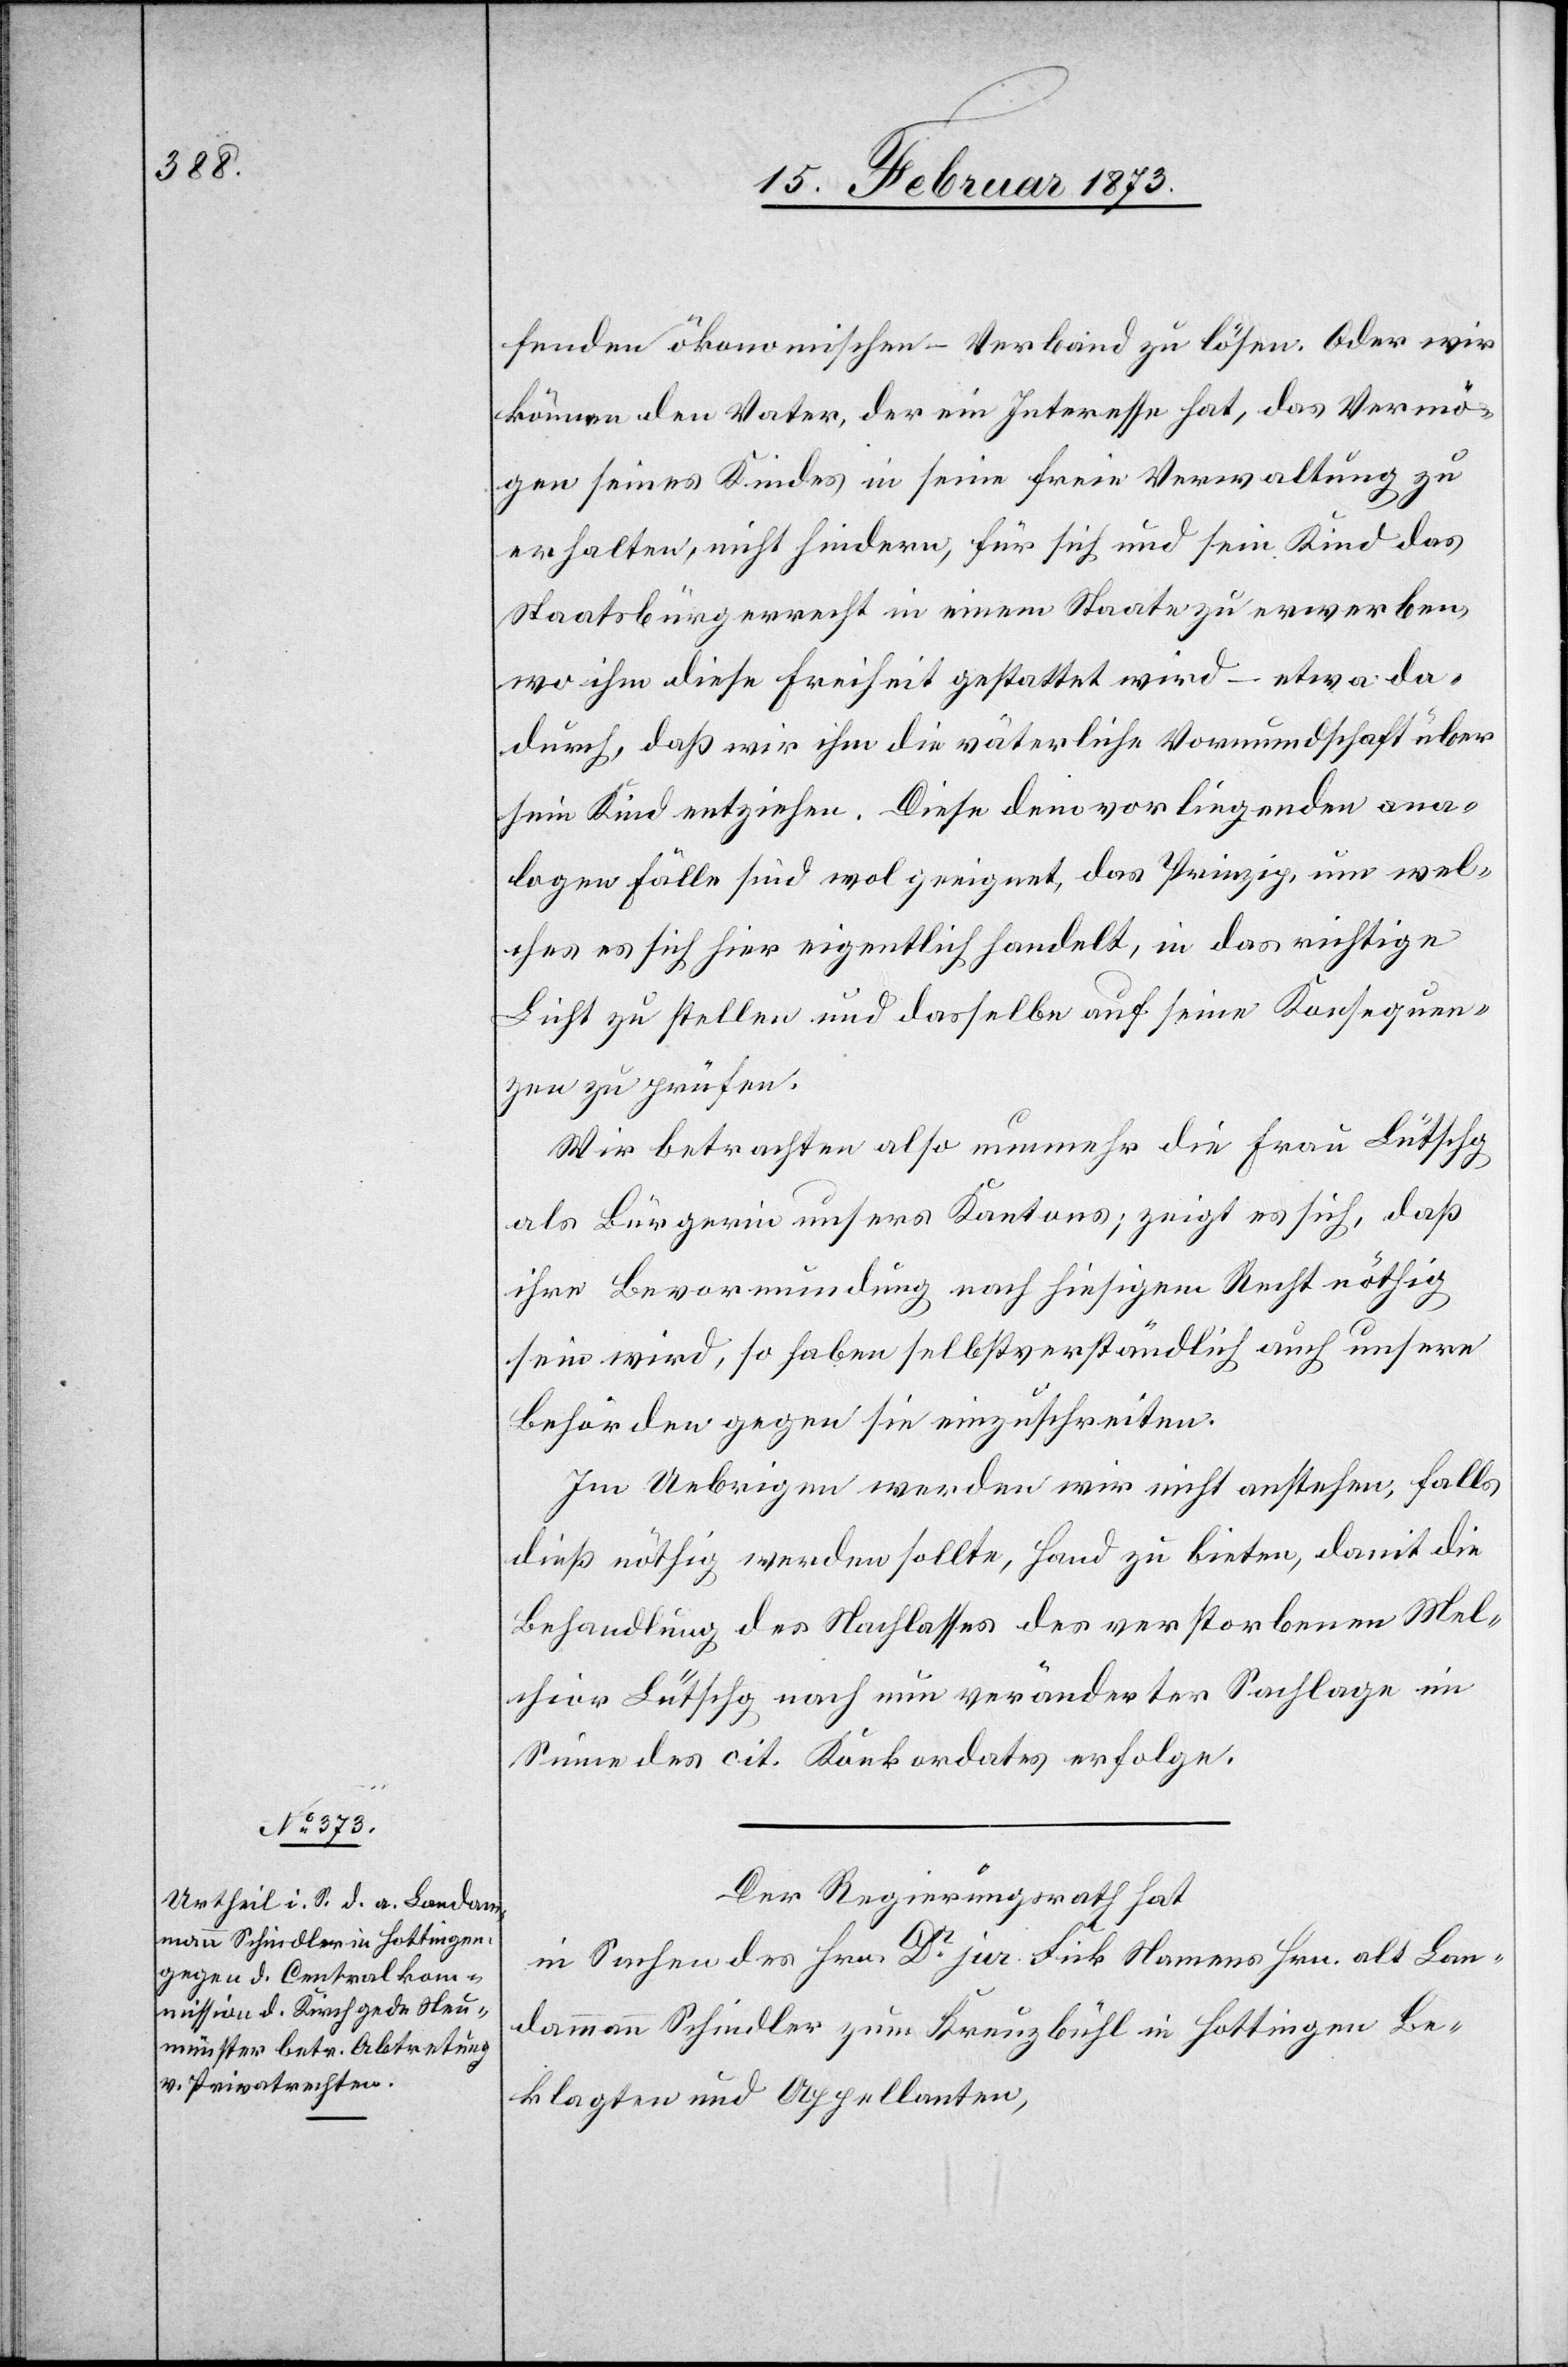
fenden ökonomischen – Verband zu lösen. Oder wir
können den Vater, der ein Interesse hat, das Vermö¬
gen seines Kindes in seine freie Verwaltung zu
erhalten, nicht hindern, für sich und sein Kind das
Staatsbürgerrecht in einem Staate zu erwerben,
wo ihm diese Freiheit gestattet wird – etwa da¬
durch, daß wir ihm die väterliche Vormundschaft über
sein Kind entziehen. Diese dem vorliegenden ana¬
logen Fälle sind wol geeignet, das Prinzip, um wel¬
ches es sich hier eigentlich handelt, in das richtige
Licht zu stellen und dasselbe auf seine Konsequen¬
zen zu prüfen.
Wir betrachten also nunmehr die Frau Lütschg
als Bürgerin unsers Kantons; zeigt es sich, daß
ihre Bevormundung nach hiesigem Recht nöthig
sein wird, so haben selbstverständlich auch unsere
Behörden gegen sie einzuschreiten.
Im Uebrigen werden wir nicht anstehen, falls
dieß nöthig werden sollte, Hand zu bieten, damit die
Behandlung des Nachlasses des verstorbenen Mel¬
chior Lütschg nach nun veränderter Sachlage im
Sinne des cit. Konkordates erfolge.
Der Regierungsrath hat
in Sachen des Hrn. Dr jur. Fick Namens Hrn. alt Lan¬
dammann Schindler zum Kreuzbühl in Hottingen Be¬
klagten und Appellanten,